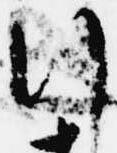
行